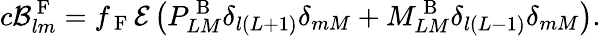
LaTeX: c\mathcal{B}_{lm}^{\mathrm{~F~}}=f_{\mathrm{~F~}}\mathcal{E}\left(P_{LM}^{\mathrm{~B~}}\delta_{l(L+1)}\delta_{mM}+M_{LM}^{\mathrm{~B~}}\delta_{l(L-1)}\delta_{mM}\right).